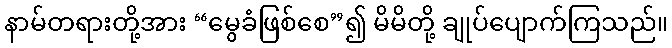
နာမ်တရားတို့အား “မွေခံဖြစ်စေ”၍ မိမိတို့ ချုပ်ပျောက်ကြသည်။